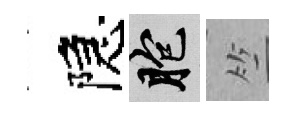
隠胞竺